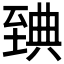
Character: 𦥃